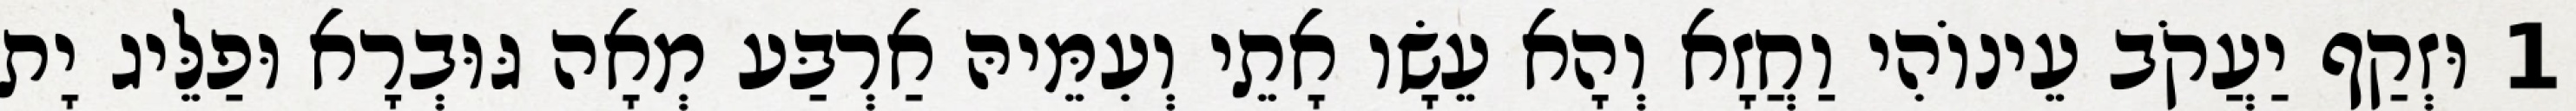
1 וּזְקַף יַעֲקֹב עֵינוֹהִי וַחֲזָא וְהָא עֵשָׂו אָתֵי וְעִמֵּיהּ אַרְבַּע מְאָה גּוּבְרָא וּפַלֵּיג יָת